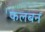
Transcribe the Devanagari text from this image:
फलबन